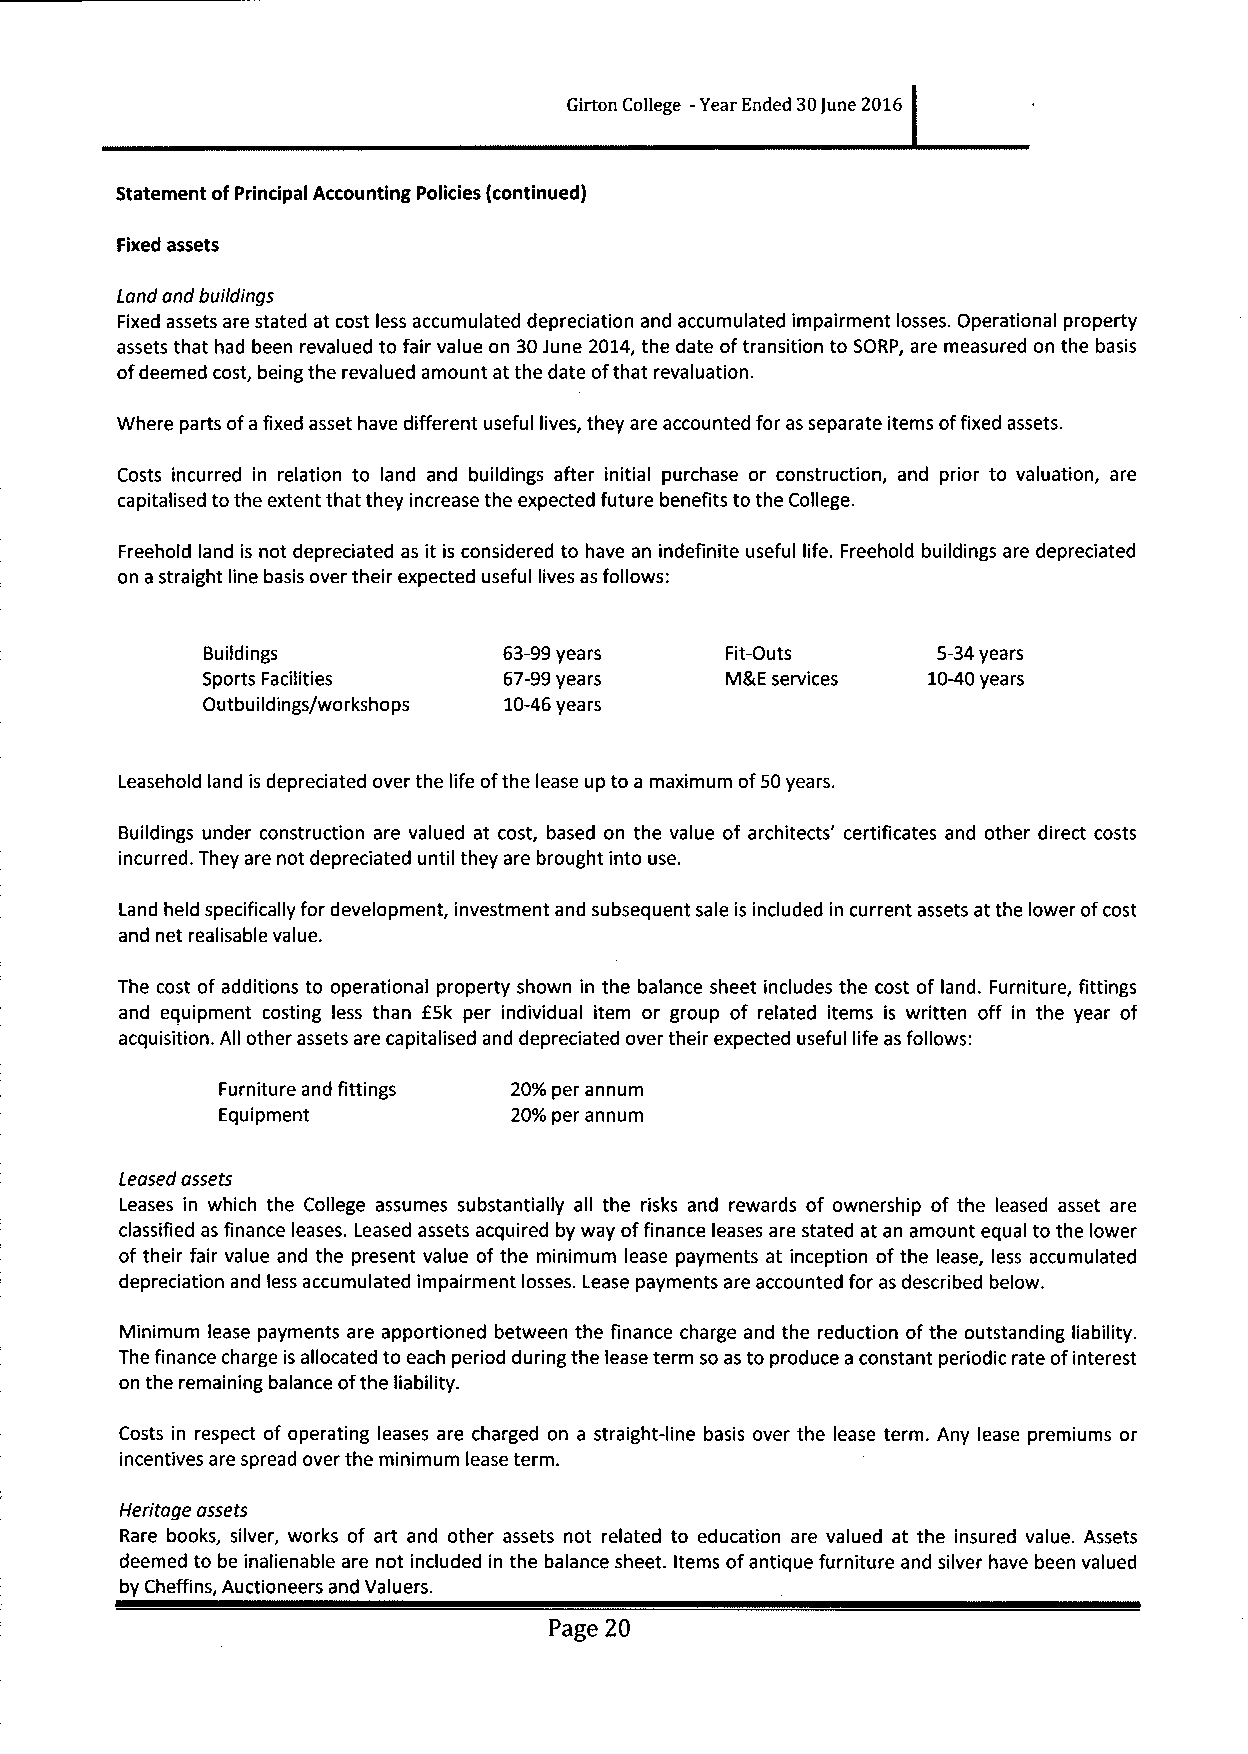
Girton College -Year Ended 30June 2016
 Statement ofPrincipal Accounting Policies (continued)
 Fixed assets
 Land and buildings
 Fixed assets are stated at cost less accumulated depreciation and accumulated impairment losses. Operational property
 assets that had been revalued to fair value on 30June 2014,the date oftransition to SORP, are measured on the basis
 ofdeemed cost, being the revalued amount at the date ofthat revaluation.
 Where parts ofa fixed asset have different useful lives, they are accounted for as separate items offixed assets.
 Costs incurred in relation to land and buildings after initial purchase or construction, and prior to valuation, are
 capitalised to the extent that they increase the expected future benefits to the College.
 Freehold land is not depreciated as it is considered to have an indefinite useful life. Freehold buildings are depreciated
 on a straight line basis over their expected useful lives as follows:
 Buildings          63-99years     Fit-Outs      5-34years
 Sports Facilities   67-99years     M&E services 10-40years
 Outbuildings/workshops 10-46years
 Leasehold land is depreciated over the life ofthe lease up to a maximum of50years.
 Buildings under construction are valued at cost, based on the value of architects' certificates and other direct costs
 incurred. They are not depreciated until they are brought into use.
 Land held specifically for development, investment and subsequent sale is included in current assets at the lower ofcost
 and net realisable value.
 The cost of additions to operational property shown in the balance sheet includes the cost of land. Furniture, fittings
 and equipment costing less than ESk per individual item or group of related items is written off in the year of
 acquisition. All other assets are capitalised and depreciated over their expected useful life as follows:
 Furniture and fittings 20%per annum
 Equipment          20%per annum
 Leased assets
 Leases in which the College assumes substantially all the risks and rewards of ownership of the leased asset are
 classified as finance leases. Leased assets acquired by way offinance leases are stated at an amount equal to the lower
 of their fair value and the present value of the minimum lease payments at inception of the lease, less accumulated
 depreciation and less accumulated impairment losses. Lease payments are accounted for as described below.
 Minimum lease payments are apportioned between the finance charge and the reduction ofthe outstanding liability.
 The finance charge is allocated to each period during the lease term so as to produce a constant periodic rate ofinterest
 on the remaining balance ofthe liability.
 Costs in respect of operating leases are charged on a straight-line basis over the lease term. Any lease premiums or
 incentives are spread over the minimum lease term.
 Heritage assets
 Rare books, silver, works of art and other assets not related to education are valued at the insured value. Assets
 deemed to be inalienable are not included in the balance sheet. Items ofantique furniture and silver have been valued
 by Cheffins, Auctioneers and Valuers.
 Page 20